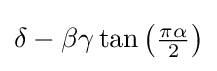
\delta -\beta \gamma \tan \left({\tfrac {\pi \alpha }{2}}\right)